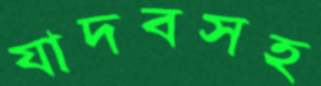
যাদবসহ